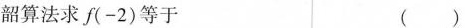
韶算法求f(-2)等于 ()